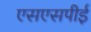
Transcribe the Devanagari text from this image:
एसएसपीई